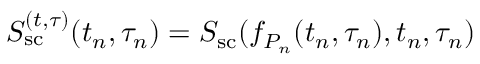
S _ { \mathrm { s c } } ^ { ( t , \tau ) } ( t _ { n } , \tau _ { n } ) = S _ { \mathrm { s c } } ( f _ { P _ { n } } ( t _ { n } , \tau _ { n } ) , t _ { n } , \tau _ { n } )